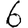
Digit: 6